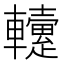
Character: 𨏡